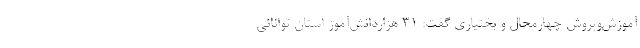
آموزش‌وپروش چهارمحال و بختیاری گفت: 31 هزاردانش‌آموز استان توانائی